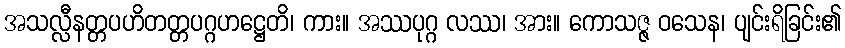
အသလ္လီနတ္တပဟိတတ္တပဂ္ဂဟဋ္ဌေတိ၊ ကား။ အဿပုဂ္ဂ လဿ၊ အား။ ကောသဇ္ဇ ဝသေန၊ ပျင်းရိခြင်း၏